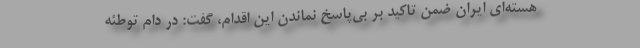
هسته‌ای ایران ضمن تاکید بر بی‌پاسخ نماندن این اقدام، گفت: در دام توطئه